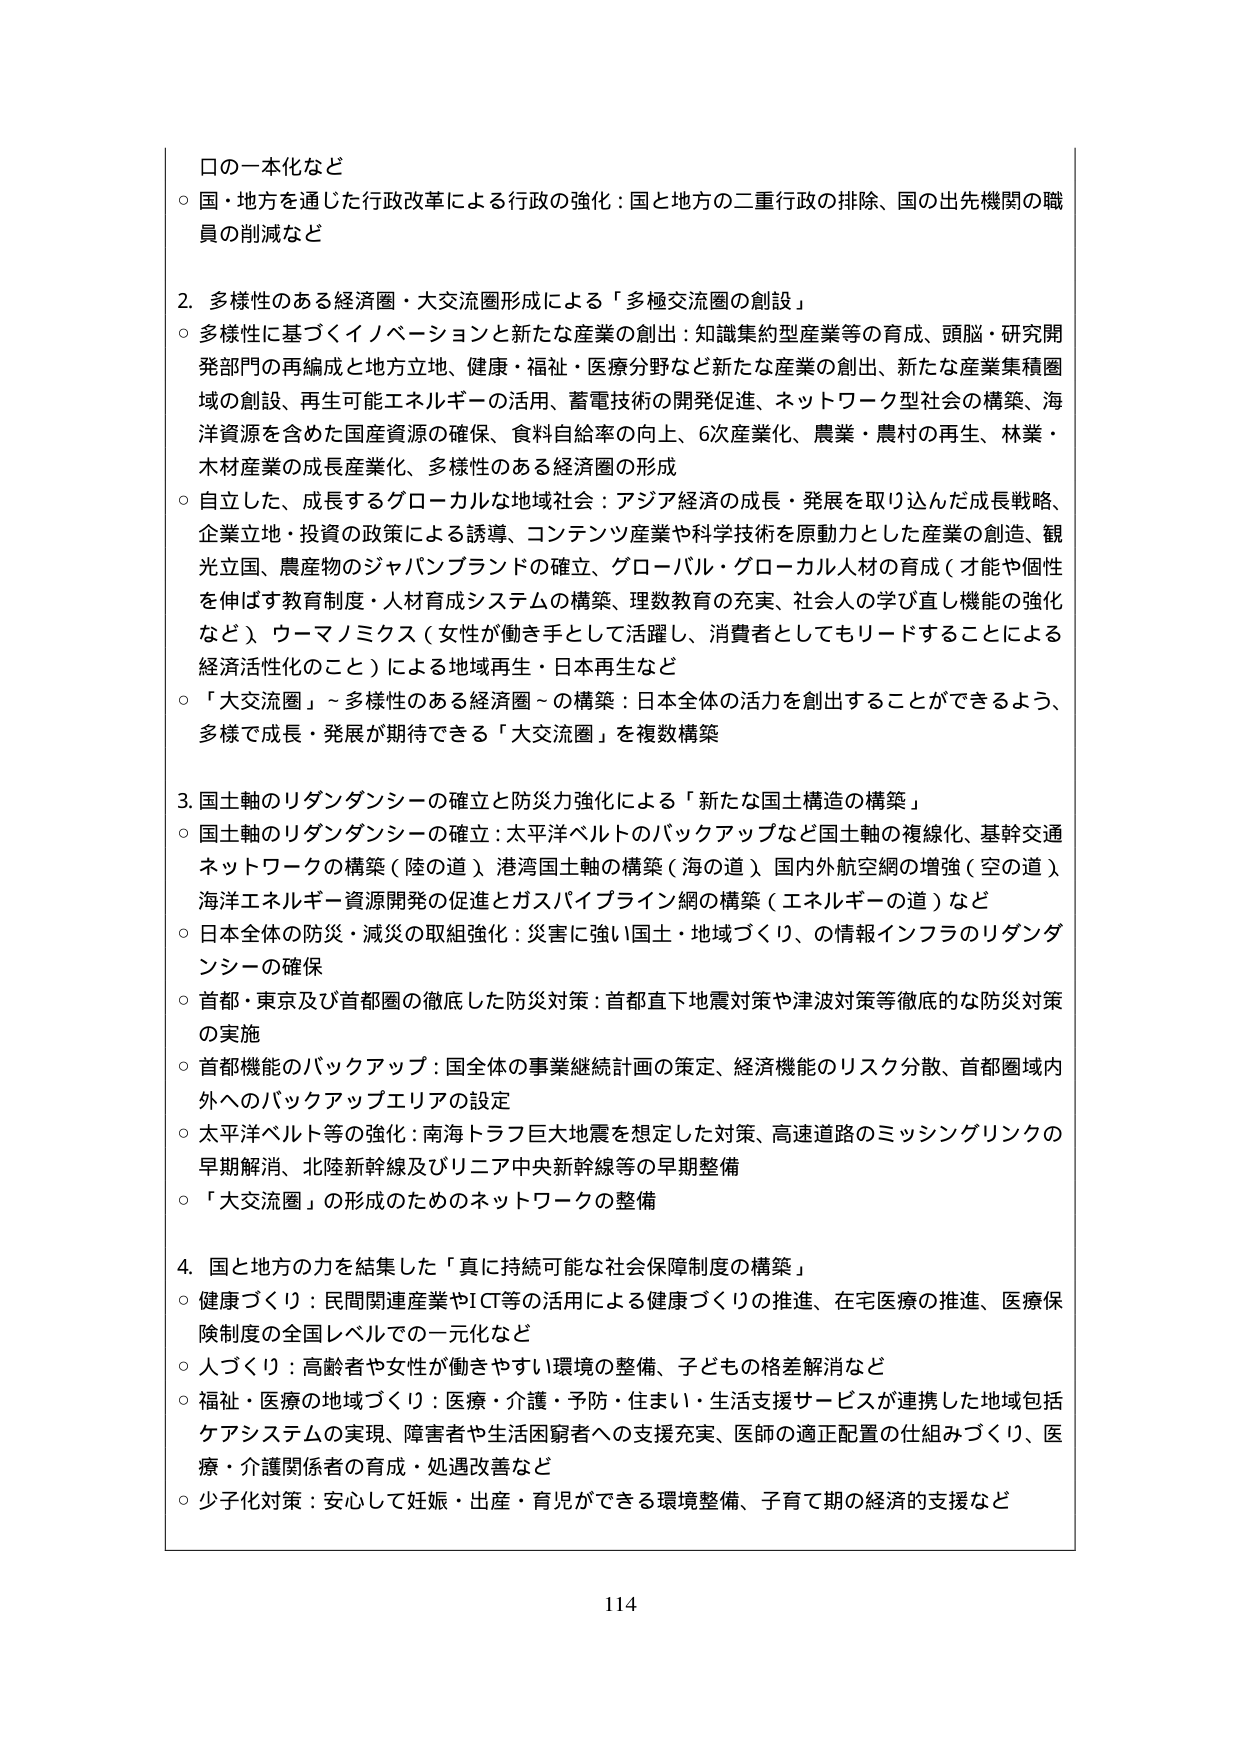
口の一本化など
○ 国・地方を通じた行政改革による行政の強化：国と地方の二重行政の排除、国の出先機関の職員の削減など

2. 多様性のある経済圏・大交流圏形成による「多極交流圏の創設」
○ 多様性に基づくイノベーションと新たな産業の創出：知識集約型産業等の育成、頭脳・研究開発部門の再編成と地方立地、健康・福祉・医療分野など新たな産業の創出、新たな産業集積圏域の創設、再生可能エネルギーの活用、蓄電技術の開発促進、ネットワーク型社会の構築、海洋資源を含めた国産資源の確保、食料自給率の向上、6次産業化、農業・農村の再生、林業・木材産業の成長産業化、多様性のある経済圏の形成
○ 自立した、成長するグローカルな地域社会：アジア経済の成長・発展を取り込んだ成長戦略、企業立地・投資の政策による誘導、コンテンツ産業や科学技術を原動力とした産業の創造、観光立国、農産物のジャパンブランドの確立、グローバル・グローカル人材の育成（才能や個性を伸ばす教育制度・人材育成システムの構築、理数教育の充実、社会人の学び直し機能の強化など）、ウーマノミクス（女性が働き手として活躍し、消費者としてもリードすることによる経済活性化のこと）による地域再生・日本再生など
○ 「大交流圏」～多様性のある経済圏～の構築：日本全体の活力を創出することができるよう、多様で成長・発展が期待できる「大交流圏」を複数構築

3. 国土軸のリダンダンシーの確立と防災力強化による「新たな国土構造の構築」
○ 国土軸のリダンダンシーの確立：太平洋ベルトのバックアップなど国土軸の複線化、基幹交通ネットワークの構築（陸の道）、港湾国土軸の構築（海の道）、国内外航空網の増強（空の道）、海洋エネルギー資源開発の促進とガスパイプライン網の構築（エネルギーの道）など
○ 日本全体の防災・減災の取組強化：災害に強い国土・地域づくり、の情報インフラのリダンダンシーの確保
○ 首都・東京及び首都圏の徹底した防災対策：首都直下地震対策や津波対策等徹底的な防災対策の実施
○ 首都機能のバックアップ：国全体の事業継続計画の策定、経済機能のリスク分散、首都圏域内外へのバックアップエリアの設定
○ 太平洋ベルト等の強化：南海トラフ巨大地震を想定した対策、高速道路のミッシングリンクの早期解消、北陸新幹線及びリニア中央新幹線等の早期整備
○ 「大交流圏」の形成のためのネットワークの整備

4. 国と地方の力を結集した「真に持続可能な社会保障制度の構築」
○ 健康づくり：民間関連産業やICT等の活用による健康づくりの推進、在宅医療の推進、医療保険制度の全国レベルでの一元化など
○ 人づくり：高齢者や女性が働きやすい環境の整備、子どもの格差解消など
○ 福祉・医療の地域づくり：医療・介護・予防・住まい・生活支援サービスが連携した地域包括ケアシステムの実現、障害者や生活困窮者への支援充実、医師の適正配置の仕組みづくり、医療・介護関係者の育成・処遇改善など
○ 少子化対策：安心して妊娠・出産・育児ができる環境整備、子育て期の経済的支援など

114